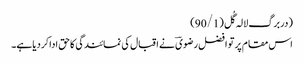
(دربرگ لالہ گُل(90/1)
اس مقام پر تو افضل رضویؔ نے اقبال کی نمائندگی کاحق اداکردیاہے۔